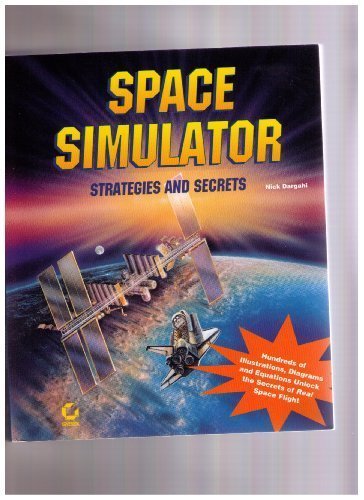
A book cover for Space Simulator Strategies & Secrets: Strategies & Secrets; Nick Dargahi; Science Fiction & Fantasy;